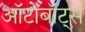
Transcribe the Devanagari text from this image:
ऑटोबॉट्स